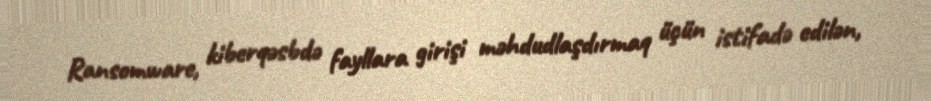
Ransomware, kiberqəsbdə fayllara girişi məhdudlaşdırmaq üçün istifadə edilən,